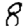
Digit: 8